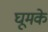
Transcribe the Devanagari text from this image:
घूमके